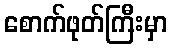
စောက်ဖုတ်ကြီးမှာ